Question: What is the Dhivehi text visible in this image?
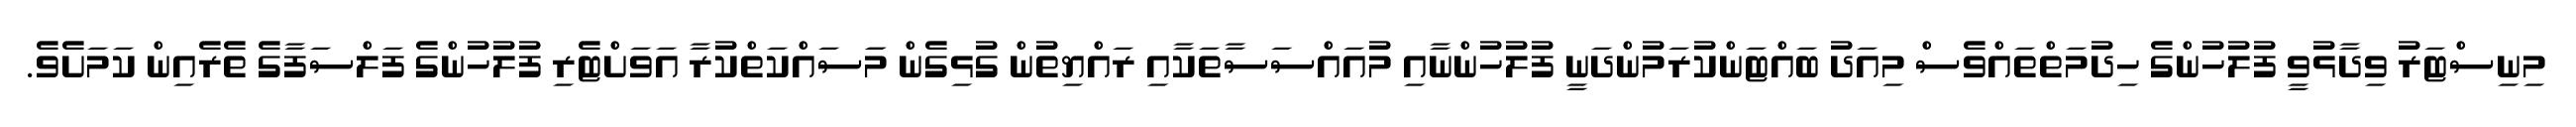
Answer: މިނިސްޓަރު ވިދާޅުވީ ފުލުހުންގެ ހިދުމަތްތައްވެސް މިއަދު ބައްޓަންކުރަމުންދަނީ ފުލުހުންނާއި މުއައްސަސާތަކާއި ރައްޔިތުން ގުޅިގެން މަަސައްކަތްކުރާ އަވަށްޓެރި ފުލުހުންގެ ފަލްސަފާގެ ތެރެއިން ކަމަށެވެ.